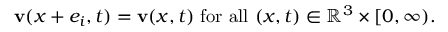
\mathbf { v } ( x + e _ { i } , t ) = \mathbf { v } ( x , t ) { \mathrm { ~ f o r ~ a l l ~ } } ( x , t ) \in \mathbb { R } ^ { 3 } \times [ 0 , \infty ) .